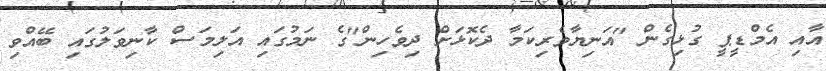
އާއި އެމްޑީޕީ ގުޅިގެން "އަނިޔާވެރިކަމާ ދެކޮޅަށް ދިވެހިން"ގެ ނަމުގައި އަލިމަސް ކާނިވަލުގައި ބޭއްވި